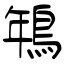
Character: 鵇